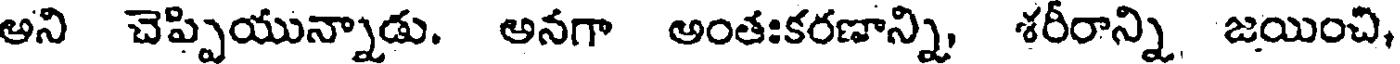
అని చెప్పియున్నాడు. అనగా అంతఃకరణాన్ని, శరీరాన్ని జయించి,